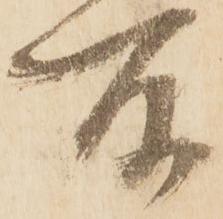
所